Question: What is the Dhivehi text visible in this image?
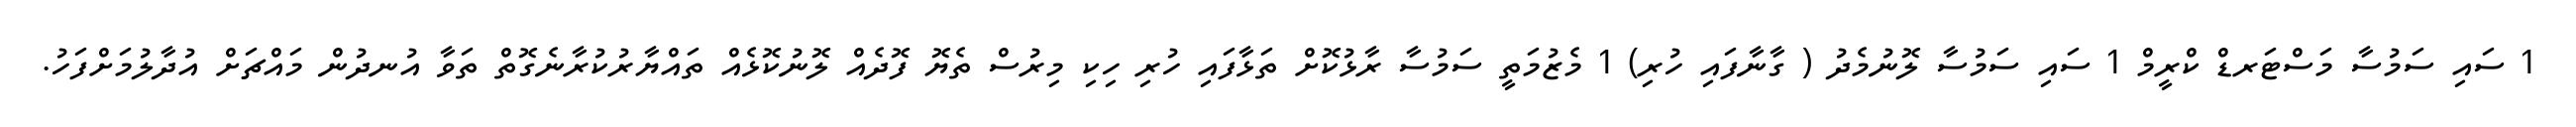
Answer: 1 ސައި ސަމުސާ މަސްޓަރޑް ކްރީމް 1 ސައި ސަމުސާ ލޮނުމެދު ( ގާނާފައި ހުރި) 1 މެޒުމަތީ ސަމުސާ ރާޅުކޮށް ތަޅާފައި ހުރި ހިކި މިރުސް ތެޔޮ ފޮދެއް ލޮނުކޮޅެއް ތައްޔާރުކުރާނެގޮތް ތަވާ އުނދުން މައްޗަށް އުދާލުމަށްފަހު.